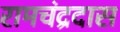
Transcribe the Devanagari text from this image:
रामचंद्रदास